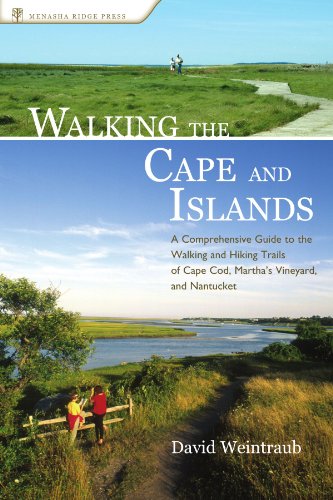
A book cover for Walking the Cape and Islands: A Comprehensive Guide to the Walking and Hiking Trails of Cape Cod, Martha's Vineyard, and Nantucket; David Weintraub; Health, Fitness & Dieting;